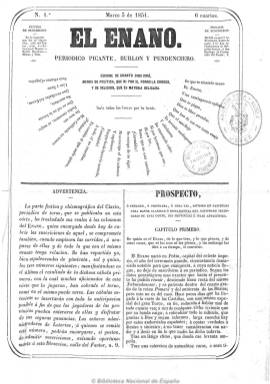
Título: El Enano (Madrid. 1851)
Colección: Toros || Periódicos
Ámbito geográfico: Madrid
Lugar de publicación: Madrid
Fechas: 03/03/1851-07/09/1858

Subtitulado como “periódico picante, burlón y pendenciero”, que “escribe de cuanto Dios crió, menos de política, que ni por el forro la conoce, y de religión, que es materia delicada”, se declara continuador de Clarín, otro periódico dedicado a la tauromaquia aparecido en la capital un año antes y del que se compromete a cubrir sus suscripciones. De periodicidad semanal, saliendo los lunes por la tarde, y de cuatro páginas, pronto aumentará de tamaño, aparecerá los martes por la tarde e irá abandonando, aunque no del todo, su carácter general festivo, chismoso y jocoso, y pasa a subtitularse “periódico de ciencias, artes, literatura, y esencialmente de loterías y tauromaquia”. Se dedicará principal y especialmente a las crónicas, descripciones y noticias de toros y sus lidias, en un primer momento de las de Madrid y Aranjuez, haciéndolo después extensivo a las de las demás provincias españolas y plazas de Hispanoamérica, así como a dar cuenta de los sorteos de la lotería nacional y la primitiva y la propia cábala que organiza el mismo periódico. También publicará noticias varias y sueltas sobre otros espectáculos (teatro y bailes), sobre actividades lúdicas de los liceos, así como artículos de costumbres, literarios o de modas, anécdotas, cuentos, poemas, letrillas o charadas en una sección literaria. También incluirá una sección oficial, con noticias muy cortas de la actividad de la corona, las cortes o el gobierno, y otra de noticias extranjeras, muy breves. Otra sección la titulará “Latigazos” y publicará asimismo un folletín.

Empezará a estamparse en la imprenta de Operarios, a cargo de F.R. del Castillo, para terminar saliendo de la de M. Minuesa. Aunque en un momento aparece como director y redactor único D.M.A. y, posteriormente, como editor responsable, Longinos Pérez, se señala al abogado José Carmona y Jiménez como director de esta publicación. Las iniciales F.J.Y. corresponden a una de las pocas firmas que aparecen. A partir de septiembre de 1858, en su lugar aparecerá el Boletín de loterías y de toros, que continuará su numeración